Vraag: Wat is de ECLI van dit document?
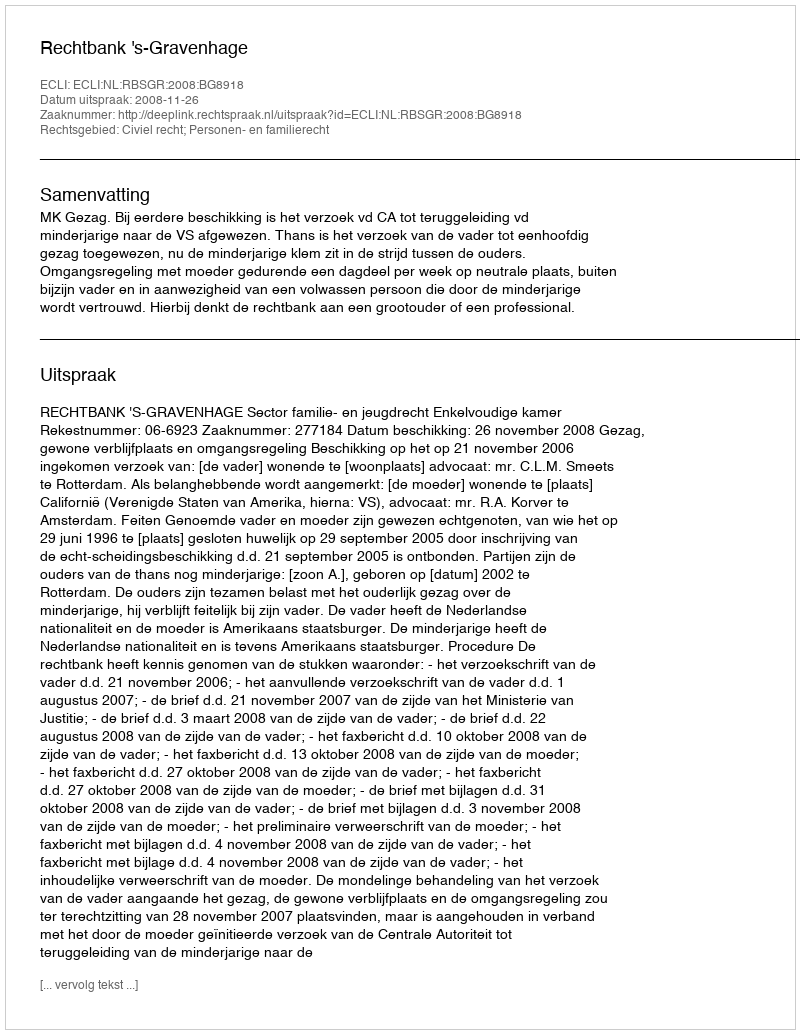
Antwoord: ECLI:NL:RBSGR:2008:BG8918